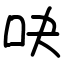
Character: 吷